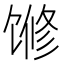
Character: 𱄅